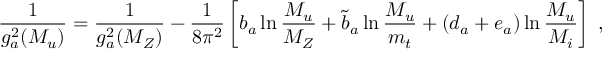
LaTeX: \frac { 1 } { g _ { a } ^ { 2 } ( M _ { u } ) } = \frac { 1 } { g _ { a } ^ { 2 } { ( M _ { Z } ) } } - \frac { 1 } { 8 \pi ^ { 2 } } \left[ b _ { a } \ln \frac { M _ { u } } { M _ { Z } } + \tilde { b } _ { a } \ln \frac { M _ { u } } { m _ { t } } + ( d _ { a } + e _ { a } ) \ln \frac { M _ { u } } { M _ { i } } \right] \; ,